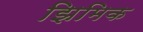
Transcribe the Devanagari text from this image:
झिमिक